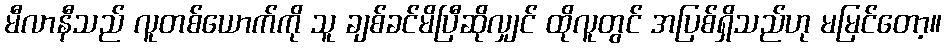
မီလာနီသည် လူတစ်ယောက်ကို သူ ချစ်ခင်မိပြီဆိုလျှင် ထိုလူတွင် အပြစ်ရှိသည်ဟု မမြင်တော့။